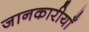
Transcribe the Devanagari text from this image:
जानकारीयाँ